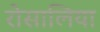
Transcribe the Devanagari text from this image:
रोसालिया